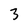
Character: 3